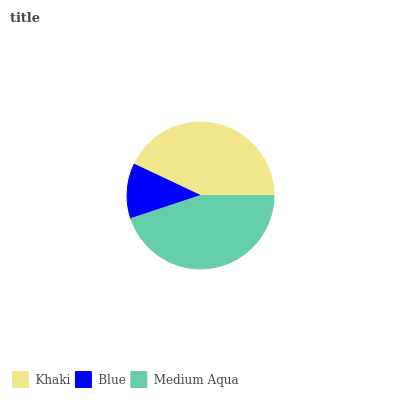
| Khaki | Blue | Medium Aqua |
 | --- | --- | --- |
 | 43% | 12.1% | 44.9% |